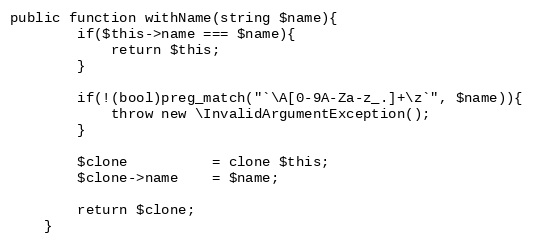
Language: PHP
public function withName(string $name){
        if($this->name === $name){
            return $this;
        }

        if(!(bool)preg_match("`\A[0-9A-Za-z_.]+\z`", $name)){
            throw new \InvalidArgumentException();
        }

        $clone          = clone $this;
        $clone->name    = $name;

        return $clone;
    }